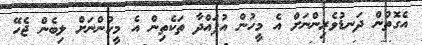
އެގޮތުން ދަނޑުވެރިންނަށް އެ މީހުން އުފައްދާ ތަކެތިން އެ މީހުންނަށް ލިބެން ޖެހޭ